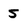
Character: 5